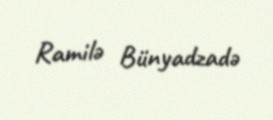
Ramilə Bünyadzadə